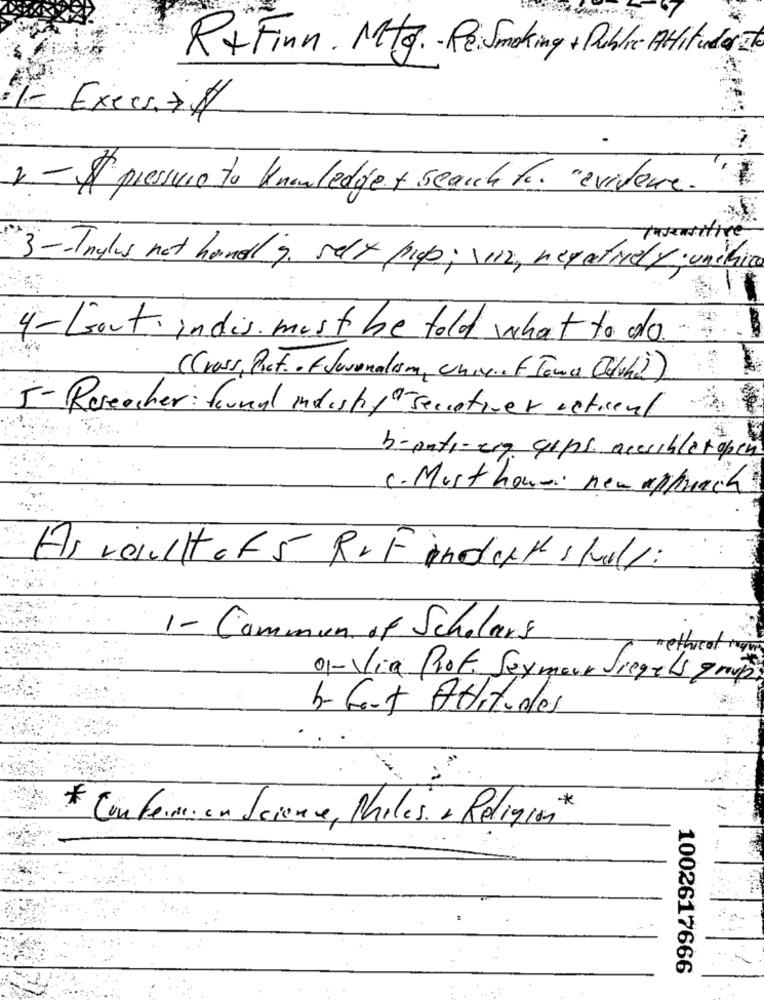
R+ Finn. Mtg. - ReiSmoking + Public Atituderate
Execs.&#
2- $ pressure to knowledge+ search for. "evidence.
3-Tnylus not handl g. selt prop; \ein, negatively unchina
4- Govt indis must be told what to do.
(Cross, Prof. of Swenalism, Univ. F Toma Old)
5- Reseacher: found industry " secativer actienl
b-anti-erg cips acesibletopen
c. Musthaus new approach
Asresult of 5 RrF indek stal:
1- Commun of Scholars
methreat mim
01-Via Prof. Seymour Siegels groups
b- Gert Attitudes
* Confermi en Science, Miles a Religión
1002617666